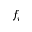
f _ { i }